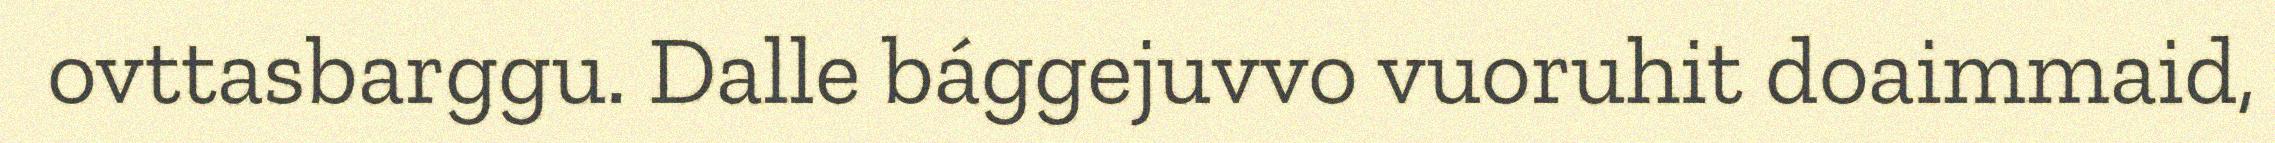
ovttasbarggu. Dalle bággejuvvo vuoruhit doaimmaid,